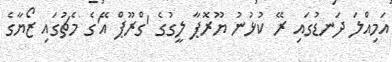
އަމިއްލަ ދަނޑުގައި ރޭ ކުޅުނު ޔޫރޮޕާ ލީގުގެ 'ގްރޫޕް އޭ'ގެ މެޗުގައި ޒޯޔާގެ